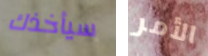
سيأخذك الأمر